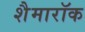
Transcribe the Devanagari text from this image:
शैमारॉक